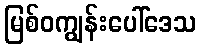
မြစ်ဝကျွန်းပေါ်ဒေသ